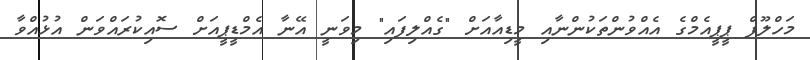
މަހްލޫފް ޕީޕީއެމްގެ އެއްވުންތަކުންނާއި މީޑިއާއަށް "ގެއްލިފައި" މިވަނީ އޭނާ އެމްޑީޕީއަށް ސޮއިކުރައްވަން އުޅުއްވާ